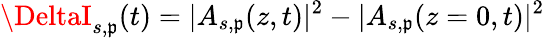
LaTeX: \DeltaI_{s,\mathfrak{p}}(t)=|A_{s,\mathfrak{p}}(z,t)|^{2}-|A_{s,\mathfrak{p}}(z=0,t)|^{2}